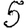
Digit: 5